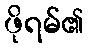
ဖိုရမ်၏